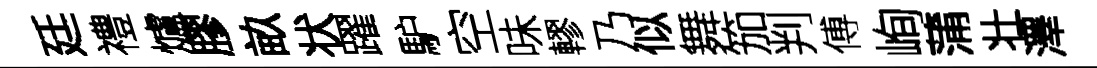
廷禮爐膠畝状躍馿空味轇乃似舞笳判傅峋蒲壮澤